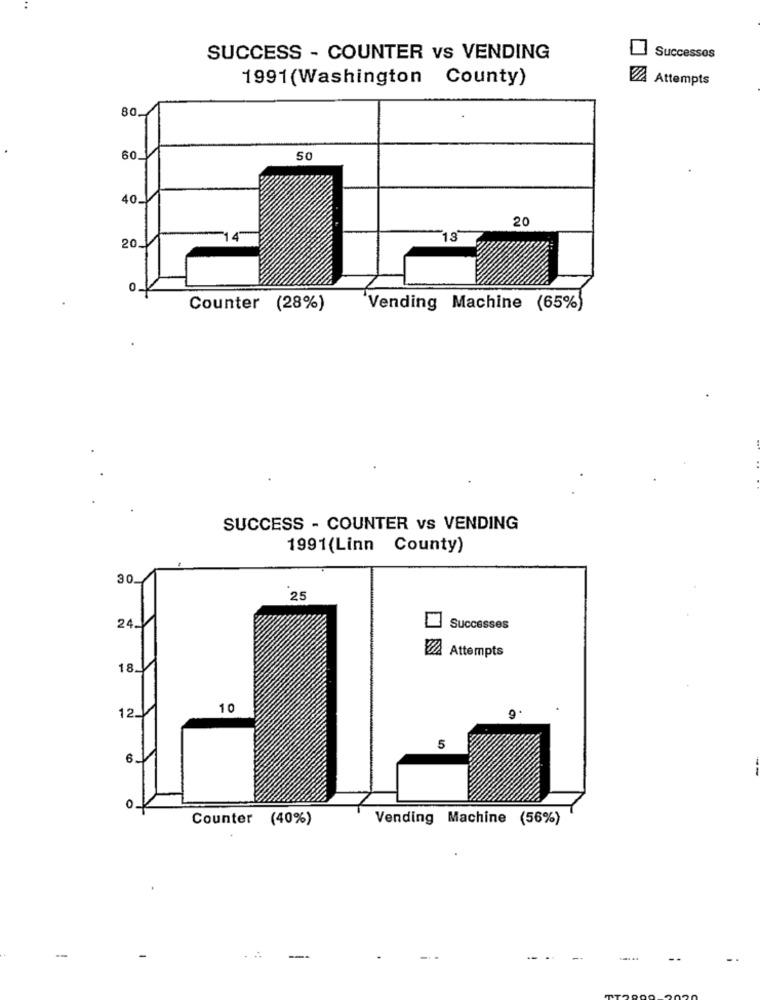
SUCCESS - COUNTER vs VENDING
Successos
1991(Washington County)
Attempts
80
60
50
40
20
20
13
0
Counter (28%)
Vending Machine (65%)
SUCCESS - COUNTER vs VENDING
1991(Linn County)
30.
25
24_
Successes
VÅ Attempts
18.
12
10
5
6.
Counter (40%)
Vending Machine (56%)
-